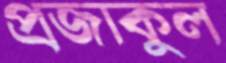
প্রজাকুল